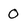
Character: 0